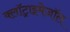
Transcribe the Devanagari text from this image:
क्लॉट्राइमेज़ॉल